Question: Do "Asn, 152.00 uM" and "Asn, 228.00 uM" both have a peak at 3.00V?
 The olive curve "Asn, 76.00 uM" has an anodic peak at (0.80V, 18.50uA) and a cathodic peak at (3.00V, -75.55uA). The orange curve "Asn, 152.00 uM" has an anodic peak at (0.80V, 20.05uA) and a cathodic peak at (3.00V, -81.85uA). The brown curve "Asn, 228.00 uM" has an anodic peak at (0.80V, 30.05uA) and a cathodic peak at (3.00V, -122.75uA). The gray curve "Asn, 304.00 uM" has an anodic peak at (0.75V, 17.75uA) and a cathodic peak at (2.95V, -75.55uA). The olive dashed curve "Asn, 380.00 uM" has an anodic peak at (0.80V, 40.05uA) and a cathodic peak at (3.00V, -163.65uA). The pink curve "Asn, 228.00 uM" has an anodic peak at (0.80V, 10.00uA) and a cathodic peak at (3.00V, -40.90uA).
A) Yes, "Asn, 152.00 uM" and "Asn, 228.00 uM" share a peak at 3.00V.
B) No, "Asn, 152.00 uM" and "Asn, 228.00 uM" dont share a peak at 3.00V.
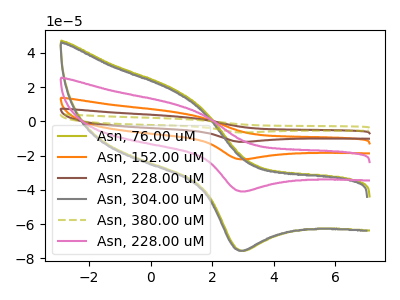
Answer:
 <answer>A) Yes, "Asn, 152.00 uM" and "Asn, 228.00 uM" share a peak at 3.00V.</answer>
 <eval>A</eval>